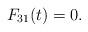
LaTeX: \begin{align*}F_{31}(t)=0.\end{align*}